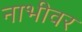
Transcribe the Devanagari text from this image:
नाभीवर